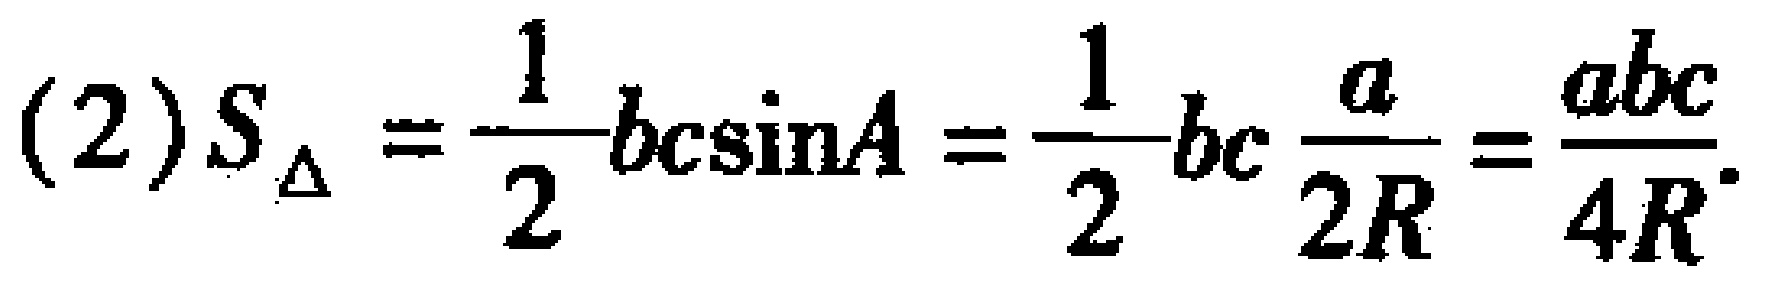
(2)$S_{\triangle}=\frac{1}{2}bc\sin A=\frac{1}{2}bc\frac{a}{2R}=\frac{abc}{4R}$